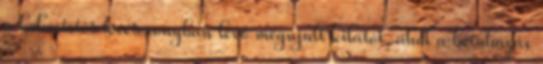
a kékestetői tévétoronyban lévő megújult kilátót, ahol a beruházás